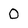
Character: O